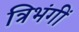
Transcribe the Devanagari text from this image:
त्रिभंगीं